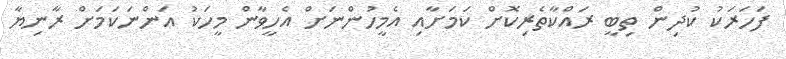
ފަހަރަކު ކުދިން ތިބީ ރައްކާތެރިކޮށް ކަމަށާއި އެމީހުންނަށް އެހީވާން މީހަކު އަންނަކަމަށް ރާނިޔާ